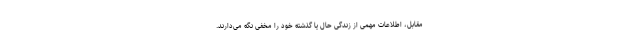
مقابل، اطلاعات مهمی از زندگی حال یا گذشته خود را مخفی نگه می‌دارند.